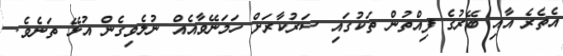
އެތެރެ އާއި ބޭރުގެ ފިއްތުން ތަކުގައި ސަރުކާރަށް ހަމަނޭވާއެއް ނުލެވިގެން އުޅޭ ތަނެވެ.